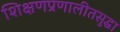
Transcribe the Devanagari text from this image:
शिक्षणप्रणालीतसुद्धा